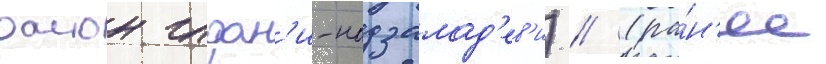
раион глдан'и-надзалад'ев'и) // (ра́н'ее